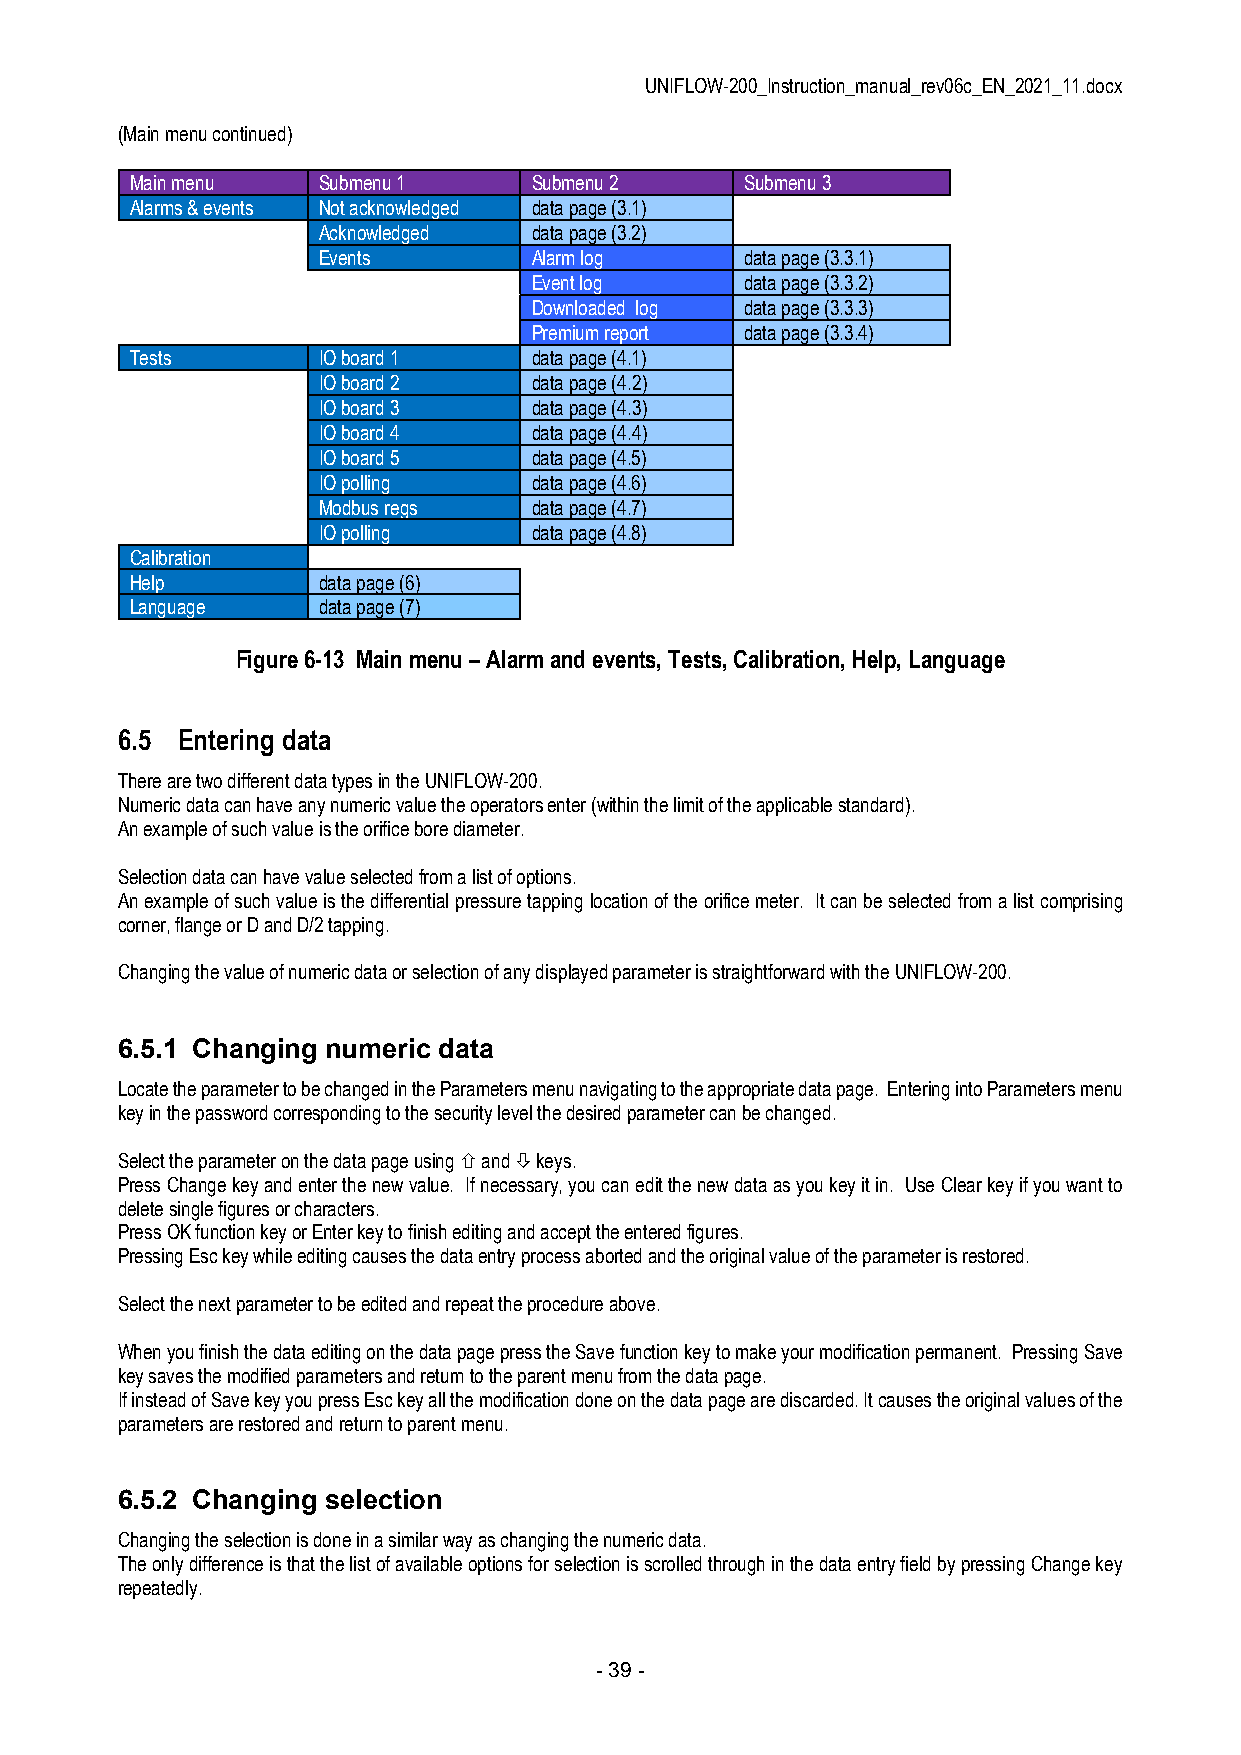
UNIFLOW-200_Instruction_manual_rev06c_EN_2021_11.docx
 (Main menu continued)
 Main menu   Submenu 1     Submenu 2     Submenu 3
 Alarms & events Not acknowledged data page (3.1)
 Acknowledged  data page (3.2)
 Events        Alarm log     data page (3.3.1)
 Event log     data page (3.3.2)
 Downloaded log data page (3.3.3)
 Premium report data page (3.3.4)
 Tests       IO board 1    data page (4.1)
 IO board 2    data page (4.2)
 IO board 3    data page (4.3)
 IO board 4    data page (4.4)
 IO board 5    data page (4.5)
 IO polling    data page (4.6)
 Modbus regs   data page (4.7)
 IO polling    data page (4.8)
 Calibration
 Help        data page (6)
 Language    data page (7)
 Figure 6-13 Main menu – Alarm and events, Tests, Calibration, Help, Language
 6.5 Entering data
 There are two different data types in the UNIFLOW-200.
 Numeric data can have any numeric value the operators enter (within the limit of the applicable standard).
 An example of such value is the orifice bore diameter.
 Selection data can have value selected from a list of options.
 An example of such value is the differential pressure tapping location of the orifice meter. It can be selected from a list comprising
 corner, flange or D and D/2 tapping.
 Changing the value of numeric data or selection of any displayed parameter is straightforward with the UNIFLOW-200.
 6.5.1 Changing numeric data
 Locate the parameter to be changed in the Parameters menu navigating to the appropriate data page. Entering into Parameters menu
 key in the password corresponding to the security level the desired parameter can be changed.
 Select the parameter on the data page using  and  keys.
 Press Change key and enter the new value. If necessary, you can edit the new data as you key it in. Use Clear key if you want to
 delete single figures or characters.
 Press OK function key or Enter key to finish editing and accept the entered figures.
 Pressing Esc key while editing causes the data entry process aborted and the original value of the parameter is restored.
 Select the next parameter to be edited and repeat the procedure above.
 When you finish the data editing on the data page press the Save function key to make your modification permanent. Pressing Save
 key saves the modified parameters and return to the parent menu from the data page.
 If instead of Save key you press Esc key all the modification done on the data page are discarded. It causes the original values of the
 parameters are restored and return to parent menu.
 6.5.2 Changing selection
 Changing the selection is done in a similar way as changing the numeric data.
 The only difference is that the list of available options for selection is scrolled through in the data entry field by pressing Change key
 repeatedly.
 - 39 -